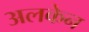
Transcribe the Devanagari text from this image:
अलकेन